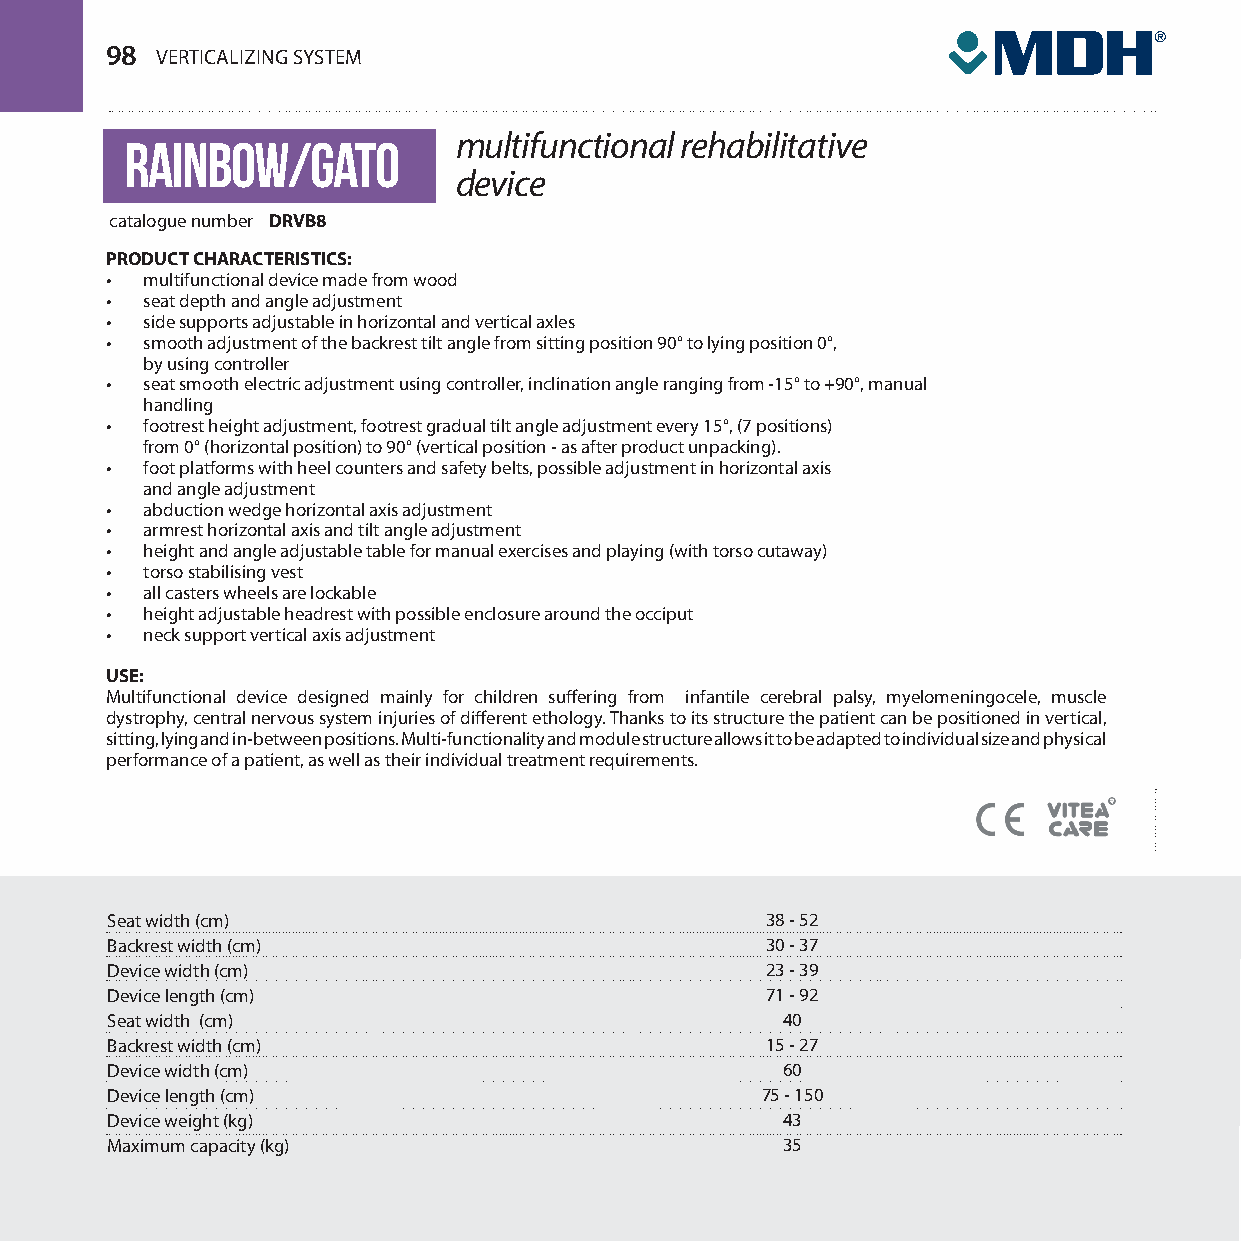
98 VERTICALIZING SYSTEM
 rainbow/gato          multifunctional rehabilitative
 device
 catalogue number DRVB8
 PRODUCT CHARACTERISTICS:
 • multifunctional device made from wood
 • seat depth and angle adjustment
 • side supports adjustable in horizontal and vertical axles
 • smooth adjustment of the backrest tilt angle from sitting position 90° to lying position 0°,
 by using controller
 • seat smooth electric adjustment using controller, inclination angle ranging from -15° to +90°, manual
 handling
 • footrest height adjustment, footrest gradual tilt angle adjustment every 15°, (7 positions)
 from 0° (horizontal position) to 90° (vertical position - as after product unpacking).
 • foot platforms with heel counters and safety belts, possible adjustment in horizontal axis
 and angle adjustment
 • abduction wedge horizontal axis adjustment
 • armrest horizontal axis and tilt angle adjustment
 • height and angle adjustable table for manual exercises and playing (with torso cutaway)
 • torso stabilising vest
 • all casters wheels are lockable
 • height adjustable headrest with possible enclosure around the occiput
 • neck support vertical axis adjustment
 USE:
 Multifunctional device designed mainly for children suffering from infantile cerebral palsy, myelomeningocele, muscle
 dystrophy, central nervous system injuries of different ethology. Thanks to its structure the patient can be positioned in vertical,
 sitting, lying and in-between positions. Multi-functionality and module structure allows it to be adapted to individual size and physical
 performance of a patient, as well as their individual treatment requirements.
 Seat width (cm)                             38 - 52
 Backrest width (cm)                         30 - 37
 Device width (cm)                           23 - 39
 Device length (cm)                          71 - 92
 Seat width (cm)                              40
 Backrest width (cm)                         15 - 27
 Device width (cm)                            60
 Device length (cm)                         75 - 150
 Device weight (kg)                           43
 Maximum capacity (kg)                        35